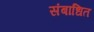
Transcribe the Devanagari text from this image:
संबाधित